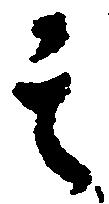
其